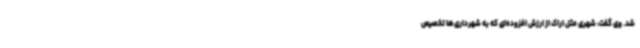
شد. وی گفت: شهری مثل اراک از ارزش افزوده‌ای که به شهرداری‌ها تخصیص